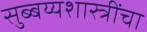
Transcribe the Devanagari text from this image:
सुब्बय्यशास्त्रींचा